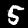
Digit: 5